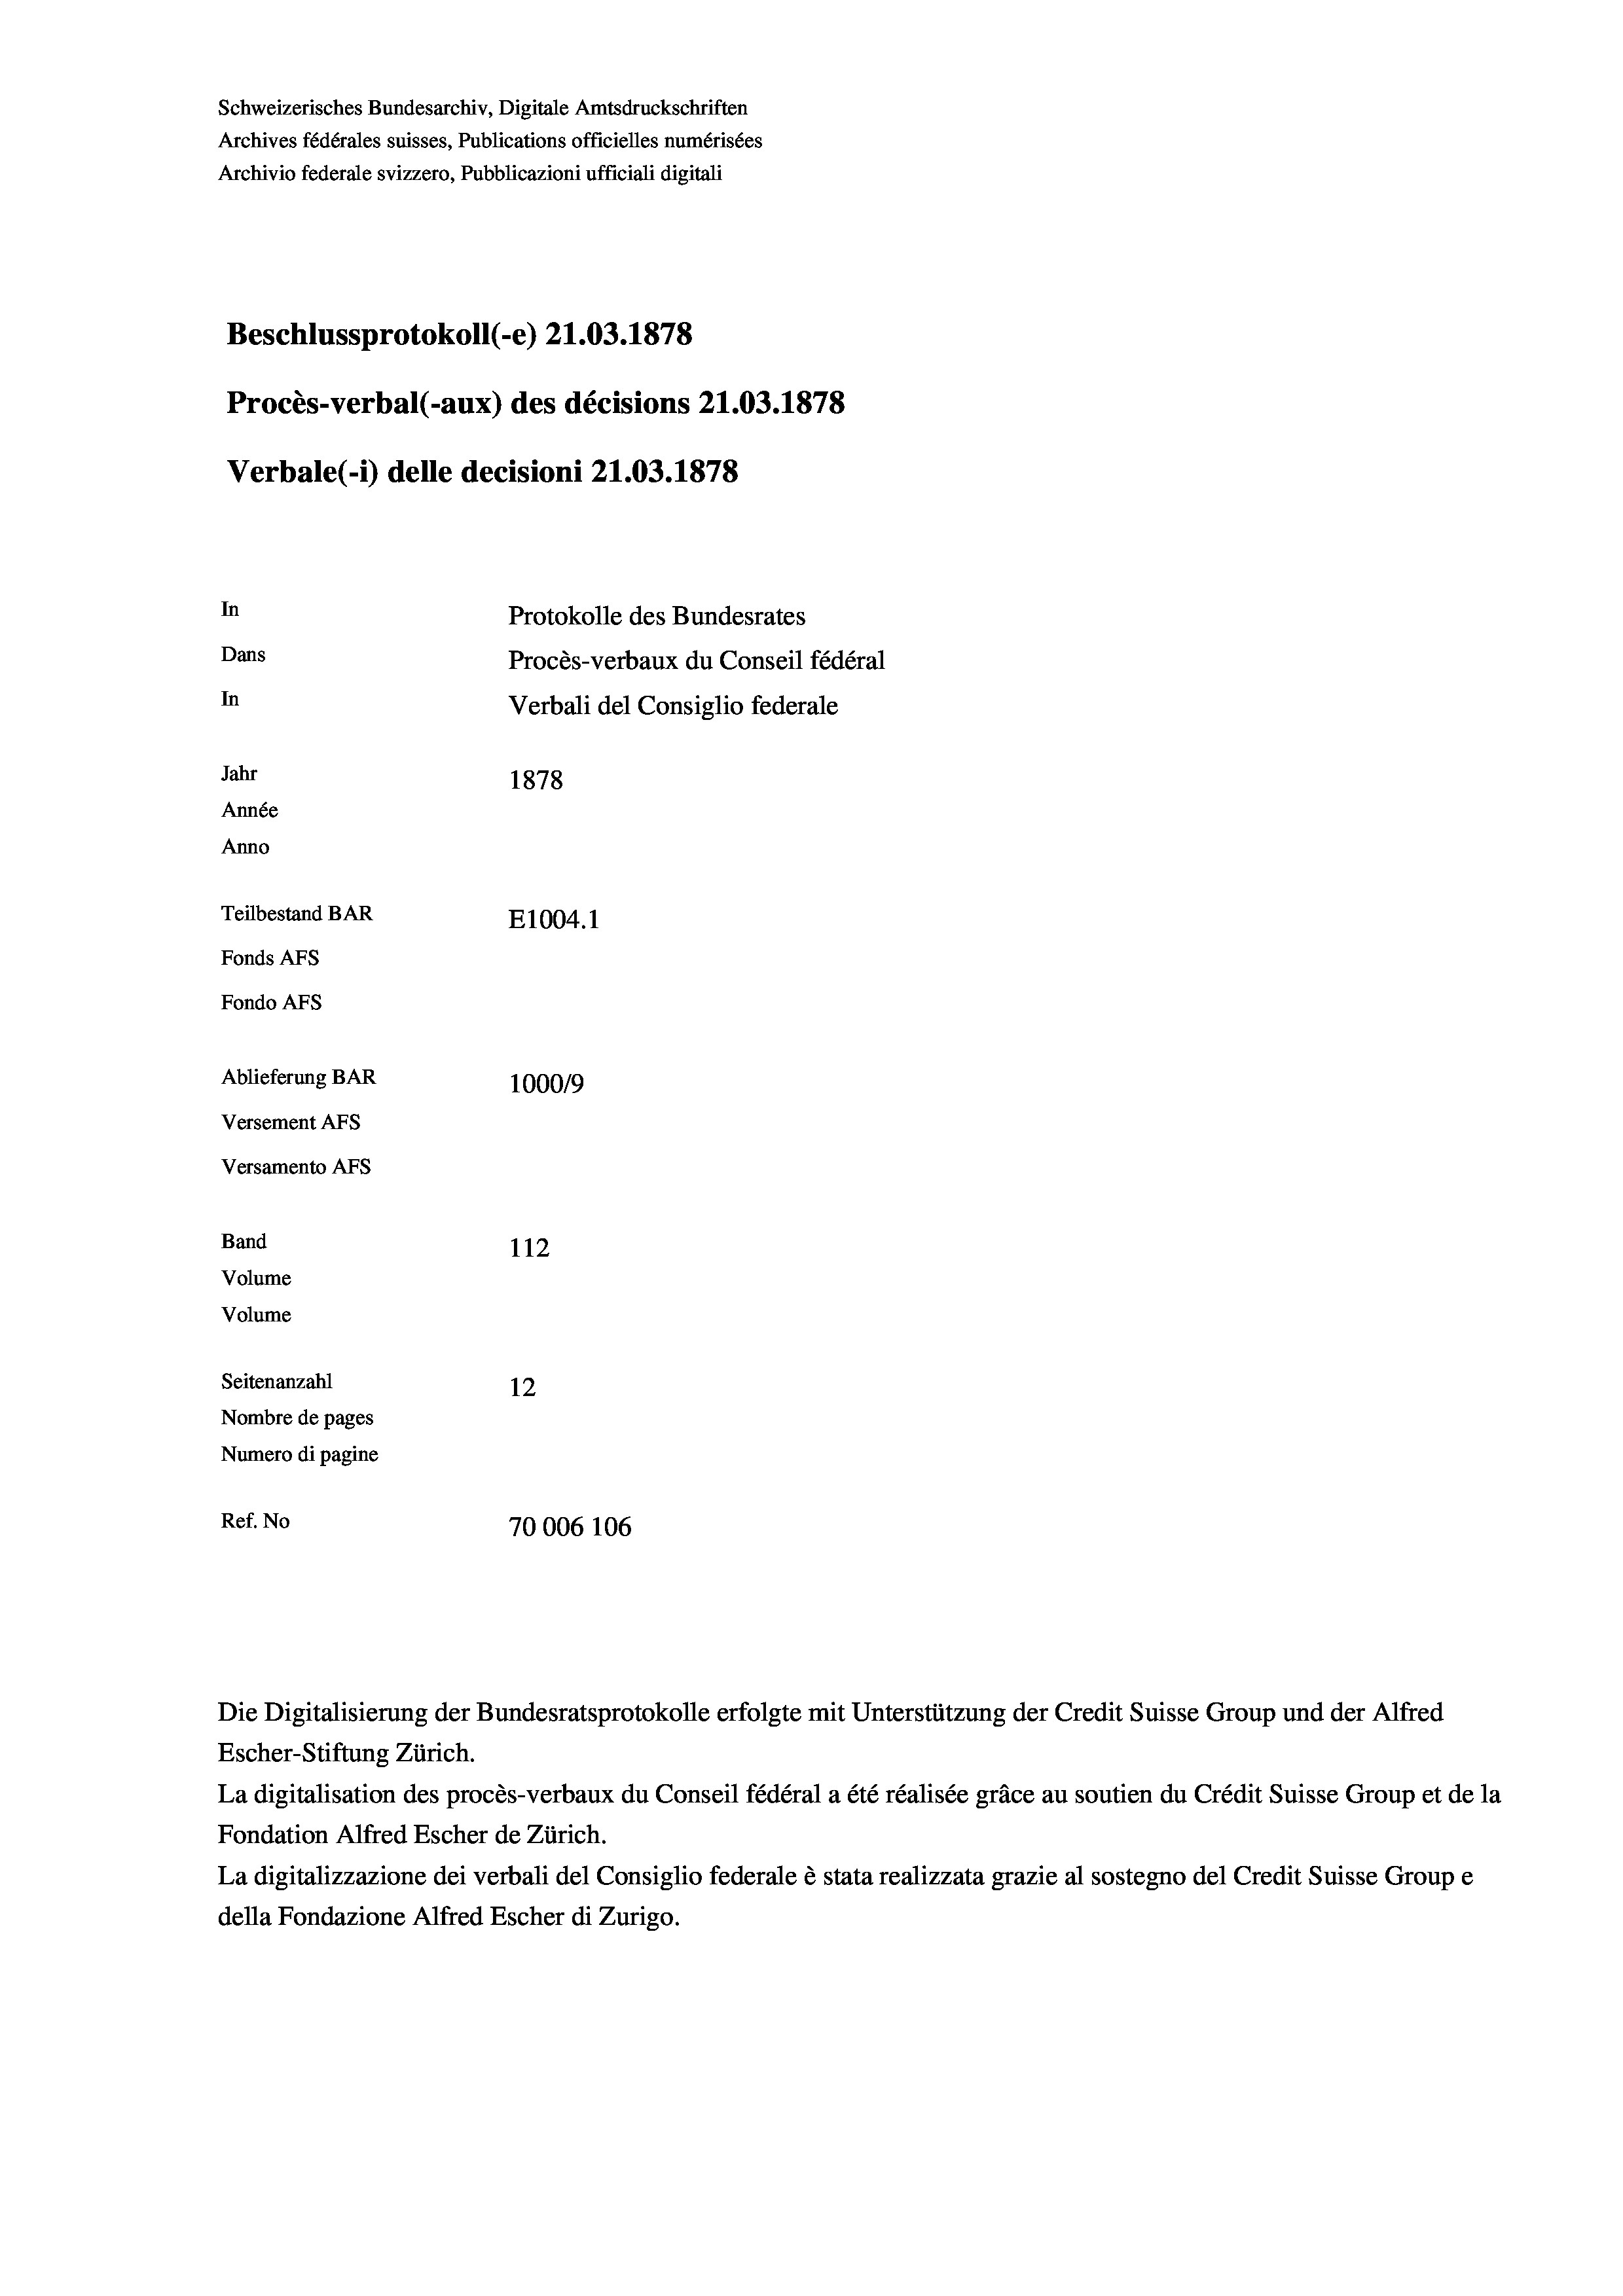
Schweizerisches Bundesarchiv, Digitale Amtsdruckschriften
Archives fédérales suisses, Publications officielles numérisées
Archivio federale svizzero, Pubblicazioni ufficiali digitali
Beschlussprotokoll (-e) 21.03. 1878
Procès-verbal (-aux) des décisions 21.03. 1878
Verbale(-*) delle decisioni 21.03. 1878
In
Protokolle des Bundesrates
Dans
Procès-verbaux du Conseil fédéral
In
Verbali del Consiglio federale
Jahr
1878
Année
Anno
Teilbestand BAR
E1004.1
Fonds AFs
Fondo AFs
Ablieferung BAR
100019
Versement AFS
Versamento Afs
Band
112
Volume
Volume
Seitenanzahl
12
Nombre de pages
Numero di pagine
Ref. No
70006 106

Escher-Stiftung Zürich.
La digitalisation des procès-verbaux du Conseil fédéral a été réalisée gräce au soutien du Crédit Suisse Group et de la
Fondation Alfred Escher de Zürich.
La digitalizzazione dei verbali del Consiglio federale è stata realizzata grazie al sostegno del Credit Suisse Groupe
della Fondazione Alfred Escher di Zurigo.

Die Digitalisierung der Bundesratsprotokolle erfolgte mit Unterstützung der Credit Suisse Group und der Alfred